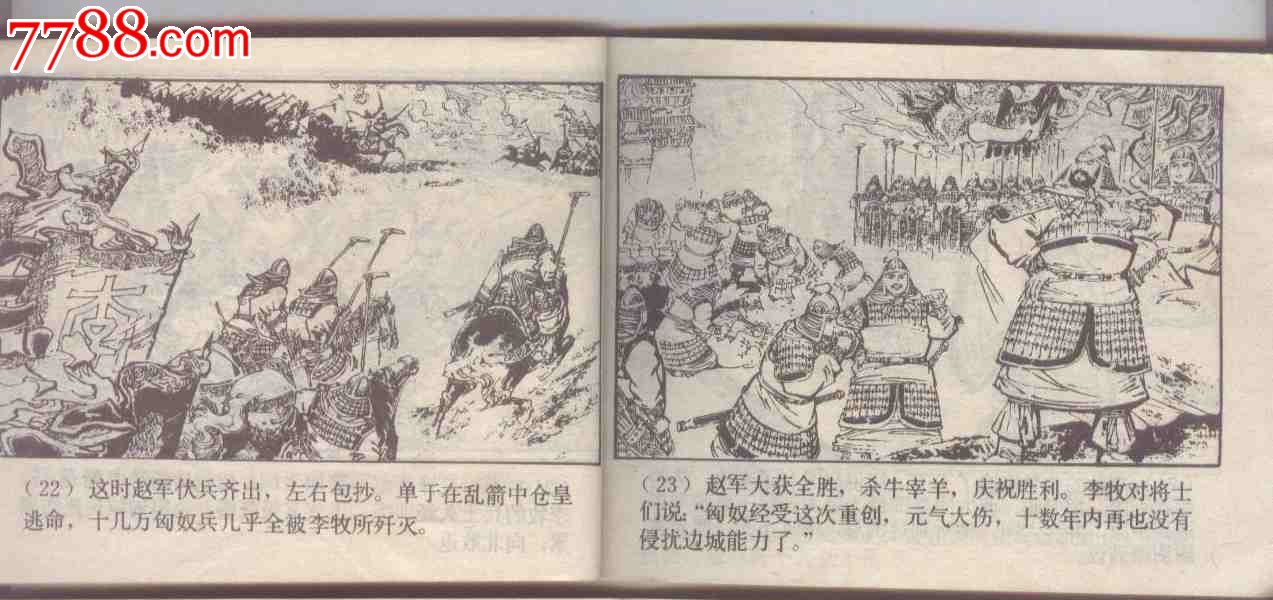
昔叹当年无李牧，今知江左有夷吾。